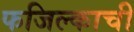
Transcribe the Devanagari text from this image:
फजिल्काची